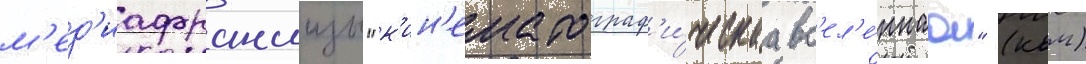
м'ед'иафраншизы "к'ин'ематограф'и́ческаа вс'ел'е́ннаа" (квм)